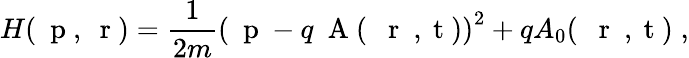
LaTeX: H(\mathrm{~\mathbf~p~},\mathrm{~\mathbf~r~})=\frac{1}{2m}\left(\mathrm{~\mathbf~p~}-q\mathrm{~\mathbf~A~}(\mathrm{~{~\mathbf~r~}~,~t~})\right)^{2}+qA_{0}(\mathrm{~{~\mathbf~r~}~,~t~})\; ,